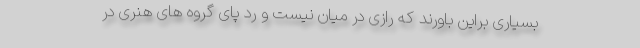
بسیاری براین باورند که رازی در میان نیست و رد پای گروه های هنری در